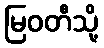
မြဝတီသို့